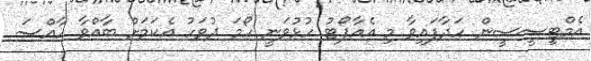
އެމްޓީސީސީން ހަދާފައިވާ މި އެއާޕޯޓު ހުޅުވަނީ ހޯމަ ދުވަހު އެކަމަށް ބާއްވާ ހާއްސަ